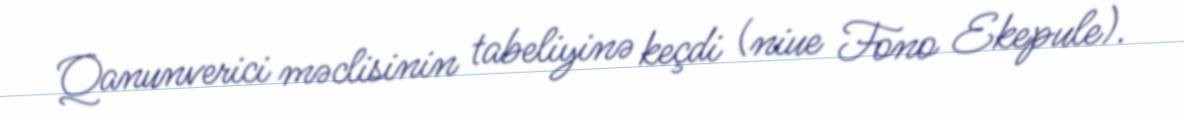
Qanunverici məclisinin tabeliyinə keçdi (niue Fono Ekepule).